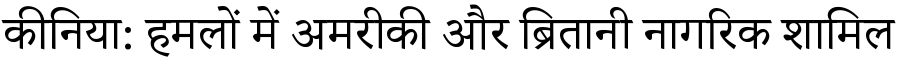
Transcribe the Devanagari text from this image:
कीनिया: हमलों में अमरीकी और ब्रितानी नागरिक शामिल